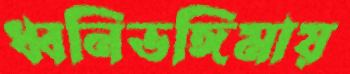
ধ্বনিভঙ্গিমায়